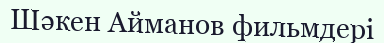
Шәкен Айманов фильмдері